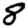
Digit: 8